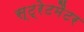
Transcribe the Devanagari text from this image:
स्ट्रेटमैटर